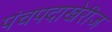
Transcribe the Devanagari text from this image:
पंचपदाखेरीज